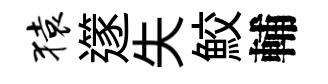
猿𨗹失鮫輔